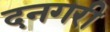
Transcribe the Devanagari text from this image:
दनगरी